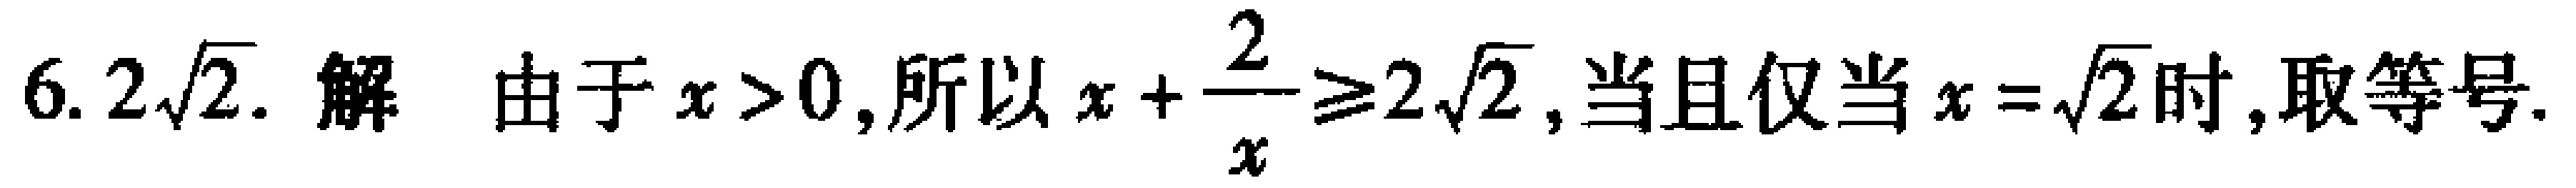
$6. 2\sqrt{2}.\ 解\ \ 由于x > 0,所以x+\frac{2}{x}\geqslant2\sqrt{2},当且仅当x = \sqrt{2}时,取等号.$